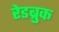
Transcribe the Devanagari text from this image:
रेडब्रुक